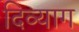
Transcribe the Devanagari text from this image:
दिव्याग